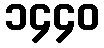
၁၄၄၀